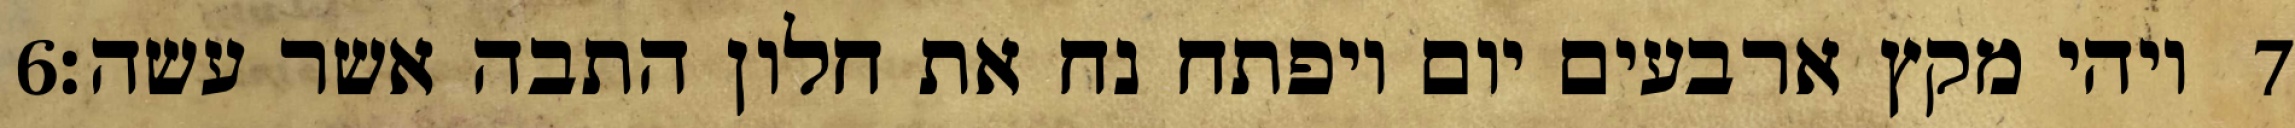
‎6‏ ויהי מקץ ארבעים יום ויפתח נח את חלון התבה אשר עשה׃ ‎7‏